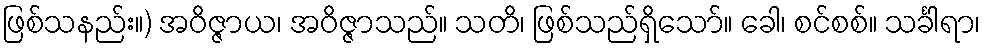
ဖြစ်သနည်း။) အဝိဇ္ဇာယ၊ အဝိဇ္ဇာသည်။ သတိ၊ ဖြစ်သည်ရှိသော်။ ခေါ၊ စင်စစ်။ သင်္ခါရာ၊